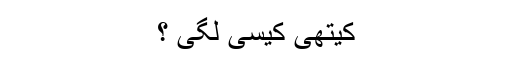
کیتھی کیسی لگی ؟